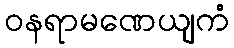
ဝနရာမဏေယျကံ